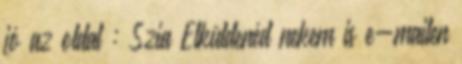
jó az oldal : Szia Elküldenéd nekem is e-mailen